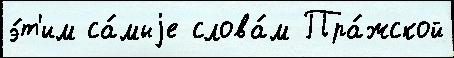
э́т'им са́мыjе слова́м Пра́жской